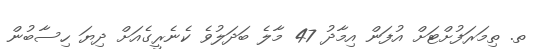
ތ. ތިމަރަފުށްޓަށް އުފަން އިމާދު 47 މާލެ ބަދަލުވެ ކެނެރީގެއަށް ދިޔަ ހިސާބުން